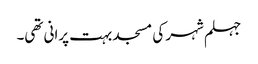
جہلم شہر کی مسجد بہت پرانی تھی۔